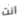
انت